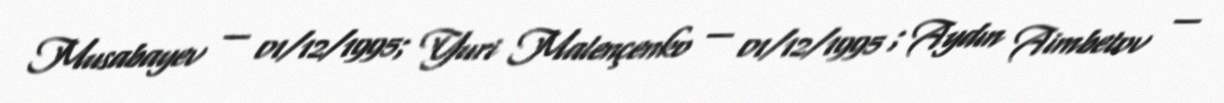
Musabayev — 01/12/1995; Yuri Malençenko — 01/12/1995 ; Aydın Aimbetov —